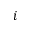
i